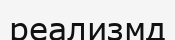
реализмд